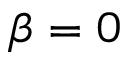
\beta = 0